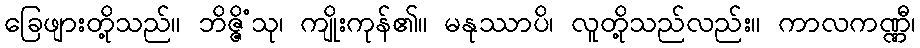
ခြေဖျားတို့သည်။ ဘိဇ္ဇိံသု၊ ကျိုးကုန်၏။ မနုဿာပိ၊ လူတို့သည်လည်း။ ကာလကဏ္ဏီ၊